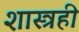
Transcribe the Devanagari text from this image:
शास्त्रही